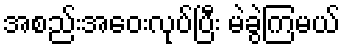
အစည်းအဝေးလုပ်ပြီး မဲခွဲကြမယ်